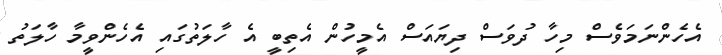
އެހެންނަމަވެސް މިހާ ދުވަސް ދިޔައަސް އެމީހުން އެތިބީ އެ ހާލަތުގައި އެހެންވީމާ ހާލަތު